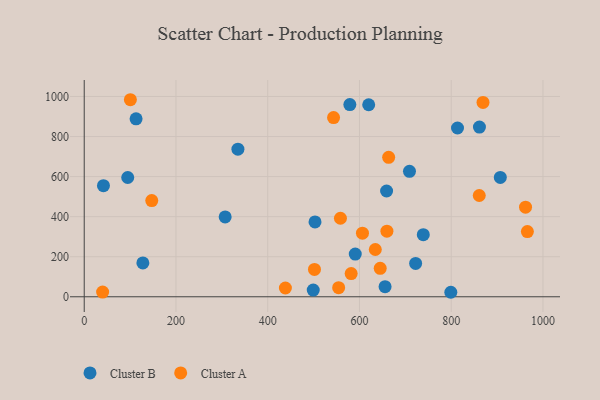
{"axis": {"x": "Speed", "y": "Profit"}, "legend": ["Cluster A", "Cluster B"], "data": [{"x": "590.8", "y": 213.2, "type": "Cluster B"}, {"x": "41.9", "y": 554.6, "type": "Cluster B"}, {"x": "722.4", "y": 166.7, "type": "Cluster B"}, {"x": "113.0", "y": 888.2, "type": "Cluster B"}, {"x": "813.7", "y": 842.6, "type": "Cluster B"}, {"x": "94.8", "y": 595.4, "type": "Cluster B"}, {"x": "907.0", "y": 596.0, "type": "Cluster B"}, {"x": "861.5", "y": 847.4, "type": "Cluster B"}, {"x": "739.1", "y": 309.9, "type": "Cluster B"}, {"x": "579.0", "y": 959.6, "type": "Cluster B"}, {"x": "499.2", "y": 33.3, "type": "Cluster B"}, {"x": "127.8", "y": 169.1, "type": "Cluster B"}, {"x": "659.1", "y": 528.0, "type": "Cluster B"}, {"x": "620.1", "y": 958.6, "type": "Cluster B"}, {"x": "655.8", "y": 50.3, "type": "Cluster B"}, {"x": "335.0", "y": 736.7, "type": "Cluster B"}, {"x": "503.1", "y": 373.7, "type": "Cluster B"}, {"x": "799.1", "y": 22.5, "type": "Cluster B"}, {"x": "307.2", "y": 398.7, "type": "Cluster B"}, {"x": "709.0", "y": 626.3, "type": "Cluster B"}, {"x": "606.5", "y": 317.6, "type": "Cluster A"}, {"x": "554.6", "y": 45.6, "type": "Cluster A"}, {"x": "634.5", "y": 236.0, "type": "Cluster A"}, {"x": "100.6", "y": 983.8, "type": "Cluster A"}, {"x": "581.9", "y": 115.8, "type": "Cluster A"}, {"x": "40.1", "y": 23.4, "type": "Cluster A"}, {"x": "659.8", "y": 327.6, "type": "Cluster A"}, {"x": "962.0", "y": 447.2, "type": "Cluster A"}, {"x": "966.0", "y": 325.6, "type": "Cluster A"}, {"x": "645.2", "y": 142.2, "type": "Cluster A"}, {"x": "869.3", "y": 970.5, "type": "Cluster A"}, {"x": "663.6", "y": 696.3, "type": "Cluster A"}, {"x": "501.9", "y": 136.7, "type": "Cluster A"}, {"x": "438.5", "y": 43.8, "type": "Cluster A"}, {"x": "147.2", "y": 480.2, "type": "Cluster A"}, {"x": "861.1", "y": 505.7, "type": "Cluster A"}, {"x": "558.5", "y": 392.1, "type": "Cluster A"}, {"x": "543.5", "y": 894.9, "type": "Cluster A"}]}